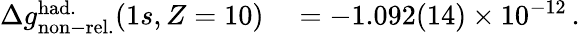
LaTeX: \begin{array}{rl}{\Delta g_{\mathrm{non-rel.}}^{\mathrm{had.}}(1s,Z=10)}&{{}=-1.092(14)\times 10^{-12}\, .}\end{array}